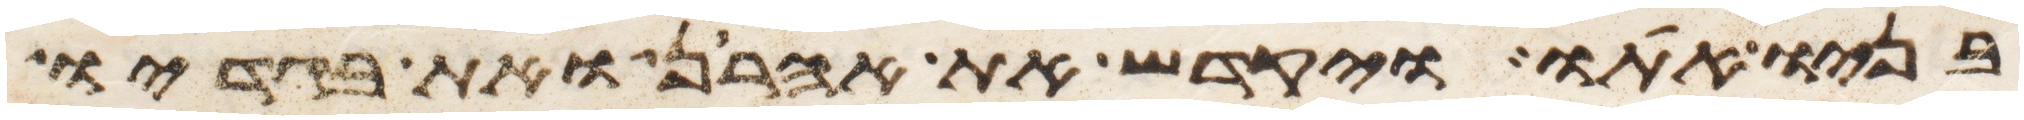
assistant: בניו אתו ויקדש את אהרן ואת בגדיו